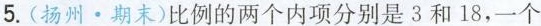
5. (扬州·期末)比例的两个内项分别是3和18，一个